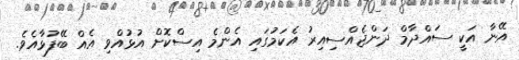
އޭނާ އަކީ ސައްދާމް ދަންޖެއްސިއިރު އެކަމުގައި އެންމެ އިސްކޮށް އުޅުއްވި އެއް ބޭފުޅާއެވެ.